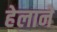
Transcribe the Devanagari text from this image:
हेलाने